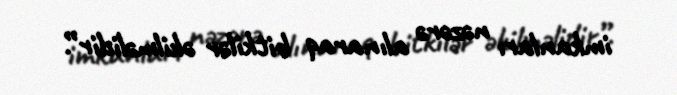
imkanları nəzərə alınaraq bitkilər əkilməlidir”.